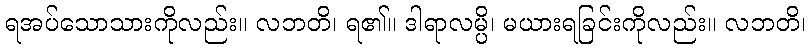
ရအပ်သောသားကိုလည်း။ လဘတိ၊ ရ၏။ ဒါရာလမ္ပိ၊ မယားရခြင်းကိုလည်း။ လဘတိ၊